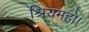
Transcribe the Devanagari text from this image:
श्रियमहो।